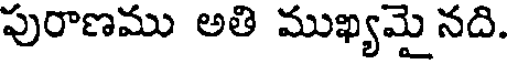
పురాణము అతి ముఖ్యమై నది.